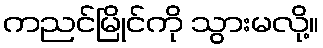
ကညင်မြိုင်ကို သွားမလို့။